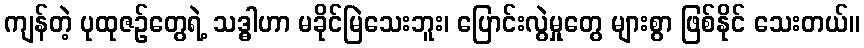
ကျန်တဲ့ ပုထုဇဉ်တွေရဲ့ သဒ္ဓါဟာ မခိုင်မြဲသေးဘူး၊ ပြောင်းလွဲမှုတွေ များစွာ ဖြစ်နိုင် သေးတယ်။